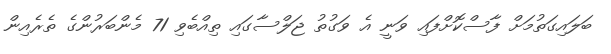
ބަލައިގަތުމަށް ފާސްކޮށްފައި ވަނީ އެ ވަގުތު ޖަލްސާގައި ތިއްބެވި 71 މެންބަރުންގެ ތެރެއިން